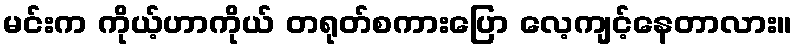
မင်းက ကိုယ့်ဟာကိုယ် တရုတ်စကားပြော လေ့ကျင့်နေတာလား။